Report on vaccination in Madras 1922-1929 - 1922-1929
Year: 1922
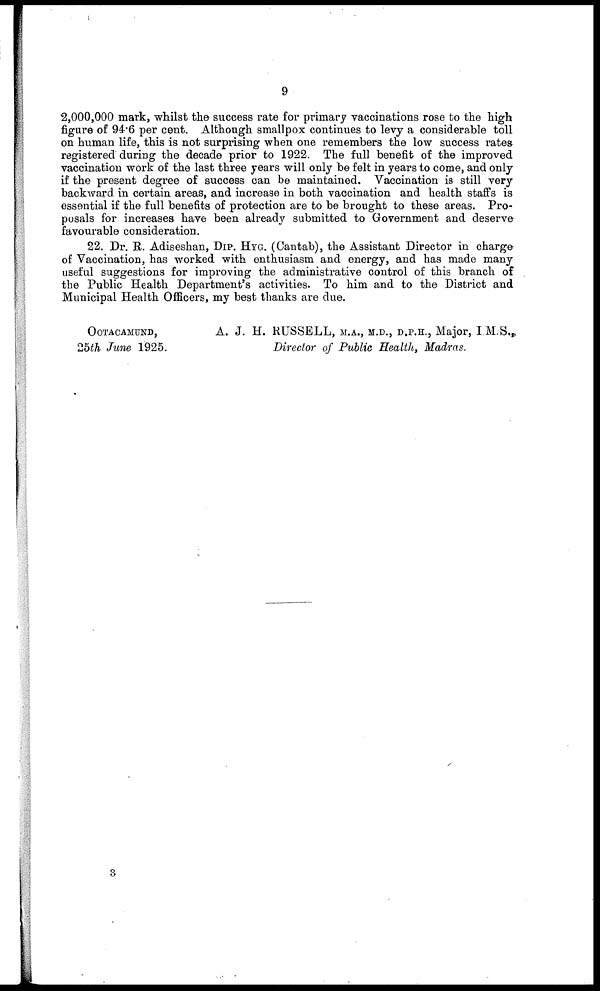
9
2,000,000 mark, whilst the success rate for primary vaccinations rose to the high
figure of 94.6 per cent. Although smallpox continues to levy a considerable toll
on human life, this is not surprising when one remembers the low success rates
registered during the decade prior to 1922. The full benefit of the improved
vaccination work of the last three years will only be felt in years to come, and only
if the present degree of success can be maintained. Vaccination is still very
backward in certain areas, and increase in both vaccination and health staffs is
essential if the full benefits of protection are to be brought to these areas. Pro-
posals for increases have been already submitted to Government and deserve
favourable consideration.
22. Dr. R. Adiseshan, DIP. HYG. (Cantab), the Assistant Director in charge
of Vaccination, has worked with enthusiasm and energy, and has made many
useful suggestions for improving the administrative control of this branch of
the Public Health Department's activities. To him and to the District and
Municipal Health Officers, my best thanks are due.
OOTACAMUND,
A. J. H. RUSSELL, M.A., M.D., D.P.H., Major, I.M.S.,
25th June 1925.
Director of Public Health, Madras.
3